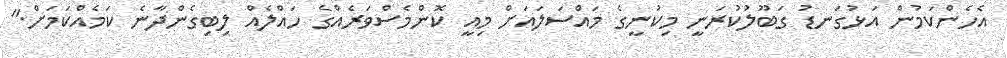
އެހެންކަމުން އަޅުގަނޑު ގަބޫލުކުރަނީ މިކުނީގެ މައްސަލައަށް މިއީ ކޮންމެސްވަރެއްގެ ހައްލެއް ލިބިގެންދާނެ ކަމެއްކަމަށް."